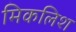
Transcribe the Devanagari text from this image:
मिकलिश